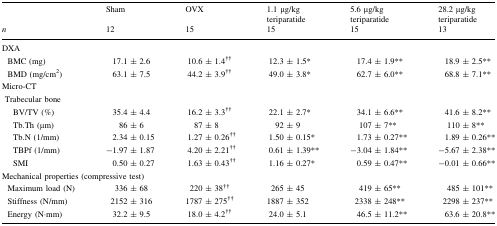
|  | Sham | OVX | 1.1 μg/kgteriparatide | 5.6 μg/kgteriparatide | 28.2 μg/kgteriparatide |
 | n | 12 | 15 | 15 | 15 | 13 |
 | --- | --- | --- | --- | --- | --- |
 | <COLSPAN=6> DXA |
 | BMC (mg) | 17.1 ± 2.6 | 10.6 ± 1.4†† | 12.3 ± 1.5* | 17.4 ± 1.9** | 18.9 ± 2.5** |
 | BMD (mg/cm2) | 63.1 ± 7.5 | 44.2 ± 3.9†† | 49.0 ± 3.8* | 62.7 ± 6.0** | 68.8 ± 7.1** |
 | <COLSPAN=6> Micro-CT |
 | <COLSPAN=6> Trabecular bone |
 | BV/TV (%) | 35.4 ± 4.4 | 16.2 ± 3.3†† | 22.1 ± 2.7* | 34.1 ± 6.6** | 41.6 ± 8.2** |
 | Tb.Th (μm) | 86 ± 6 | 87 ± 8 | 92 ± 9 | 107 ± 7** | 110 ± 8** |
 | Tb.N (1/mm) | 2.34 ± 0.15 | 1.27 ± 0.26†† | 1.50 ± 0.15* | 1.73 ± 0.27** | 1.89 ± 0.26** |
 | TBPf (1/mm) | −1.97 ± 1.87 | 4.20 ± 2.21†† | 0.61 ± 1.39** | −3.04 ± 1.84** | −5.67 ± 2.38** |
 | SMI | 0.50 ± 0.27 | 1.63 ± 0.43†† | 1.16 ± 0.27* | 0.59 ± 0.47** | −0.01 ± 0.66** |
 | <COLSPAN=6> Mechanical properties (compressive test) |
 | Maximum load (N) | 336 ± 68 | 220 ± 38†† | 265 ± 45 | 419 ± 65** | 485 ± 101** |
 | Stiffness (N/mm) | 2152 ± 316 | 1787 ± 275†† | 1887 ± 352 | 2338 ± 248** | 2298 ± 237** |
 | Energy (N·mm) | 32.2 ± 9.5 | 18.0 ± 4.2†† | 24.0 ± 5.1 | 46.5 ± 11.2** | 63.6 ± 20.8** |